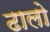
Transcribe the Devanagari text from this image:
ढालो